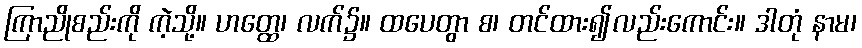
ကြာညိုစည်းကို ကဲ့သို့။ ဟတ္ထေ၊ လက်၌။ ထပေတွာ စ၊ တင်ထား၍လည်းကောင်း။ ဒါတုံ နာမ၊